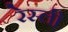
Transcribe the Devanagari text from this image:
रेस्ली